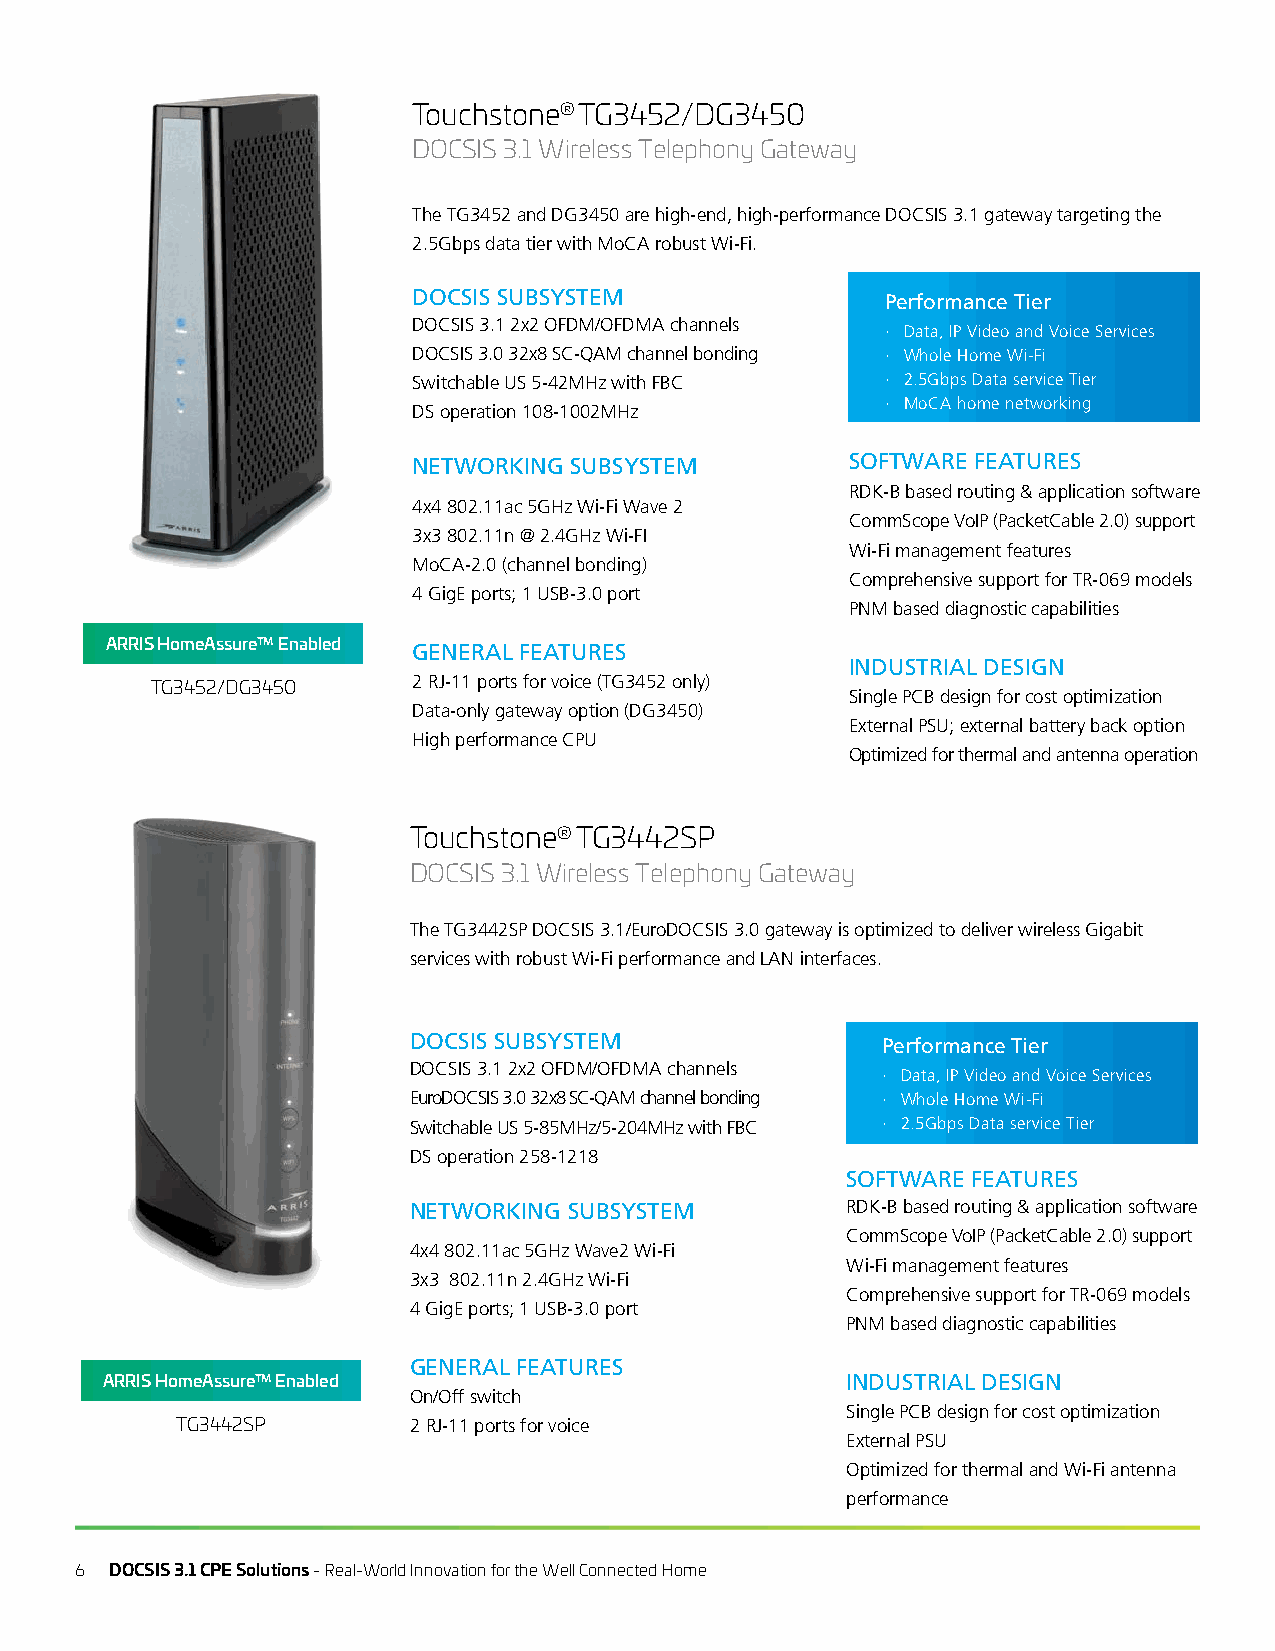
Touchstone® TG3452/DG3450
 DOCSIS 3.1 Wireless Telephony Gateway
 The TG3452 and DG3450 are high-end, high-performance DOCSIS 3.1 gateway targeting the
 2.5Gbps data tier with MoCA robust Wi-Fi.
 DOCSIS SUBSYSTEM                Performance Tier
 DOCSIS 3.1 2x2 OFDM/OFDMA channels
 · Data, IP Video and Voice Services
 DOCSIS 3.0 32x8 SC-QAM channel bonding · Whole Home Wi-Fi
 Switchable US 5-42MHz with FBC  · 2.5Gbps Data service Tier
 · MoCA home networking
 DS operation 108-1002MHz
 NETWORKING SUBSYSTEM         SOFTWARE FEATURES
 RDK-B based routing & application software
 4x4 802.11ac 5GHz Wi-Fi Wave 2
 CommScope VoIP (PacketCable 2.0) support
 3x3 802.11n @ 2.4GHz Wi-FI
 Wi-Fi management features
 MoCA-2.0 (channel bonding)
 Comprehensive support for TR-069 models
 4 GigE ports; 1 USB-3.0 port
 PNM based diagnostic capabilities
 ARRIS HomeAssure™ Enabled GENERAL FEATURES
 INDUSTRIAL DESIGN
 2 RJ-11 ports for voice (TG3452 only)
 TG3452/DG3450
 Single PCB design for cost optimization
 Data-only gateway option (DG3450)
 External PSU; external battery back option
 High performance CPU
 Optimized for thermal and antenna operation
 Touchstone® TG3442SP
 DOCSIS 3.1 Wireless Telephony Gateway
 The TG3442SP DOCSIS 3.1/EuroDOCSIS 3.0 gateway is optimized to deliver wireless Gigabit
 services with robust Wi-Fi performance and LAN interfaces.
 DOCSIS SUBSYSTEM               Performance Tier
 DOCSIS 3.1 2x2 OFDM/OFDMA channels
 · Data, IP Video and Voice Services
 EuroDOCSIS 3.0 32x8 SC-QAM channel bonding · Whole Home Wi-Fi
 Switchable US 5-85MHz/5-204MHz with FBC · 2.5Gbps Data service Tier
 DS operation 258-1218
 SOFTWARE FEATURES
 NETWORKING SUBSYSTEM         RDK-B based routing & application software
 CommScope VoIP (PacketCable 2.0) support
 4x4 802.11ac 5GHz Wave2 Wi-Fi
 Wi-Fi management features
 3x3 802.11n 2.4GHz Wi-Fi
 Comprehensive support for TR-069 models
 4 GigE ports; 1 USB-3.0 port
 PNM based diagnostic capabilities
 GENERAL FEATURES
 ARRIS HomeAssure™ Enabled                        INDUSTRIAL DESIGN
 On/Off switch
 Single PCB design for cost optimization
 TG3442SP       2 RJ-11 ports for voice
 External PSU
 Optimized for thermal and Wi-Fi antenna
 performance
 6 DOCSIS 3.1 CPE Solutions - Real-World Innovation for the Well Connected Home